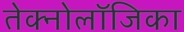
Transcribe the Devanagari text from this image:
तेक्नोलॉजिका